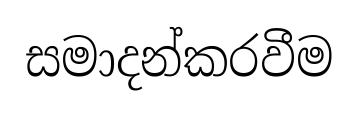
සමාදන්කරවීම